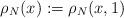
LaTeX: \begin{align*}\rho_N(x):=\rho_N(x,1)\end{align*}